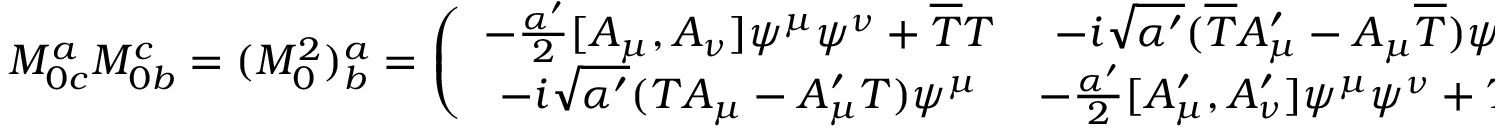
M _ { 0 c } ^ { a } M _ { 0 b } ^ { c } = ( M _ { 0 } ^ { 2 } ) _ { b } ^ { a } = \left( \begin{array} { c c } { { - \frac { \alpha ^ { \prime } } { 2 } [ A _ { \mu } , A _ { \nu } ] \psi ^ { \mu } \psi ^ { \nu } + \overline { { { T } } } T } } & { { - i \sqrt { \alpha ^ { \prime } } ( \overline { { { T } } } A _ { \mu } ^ { \prime } - A _ { \mu } \overline { { { T } } } ) \psi ^ { \mu } } } \\ { { - i \sqrt { \alpha ^ { \prime } } ( T A _ { \mu } - A _ { \mu } ^ { \prime } T ) \psi ^ { \mu } } } & { { - \frac { \alpha ^ { \prime } } { 2 } [ A _ { \mu } ^ { \prime } , A _ { \nu } ^ { \prime } ] \psi ^ { \mu } \psi ^ { \nu } + T \overline { { { T } } } } } \end{array} \right) \ .